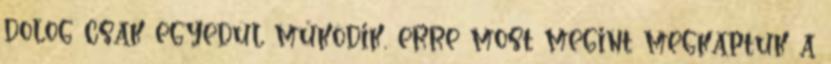
dolog csak egyedül működik, erre most megint megkaptuk a